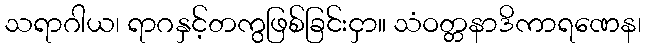
သရာဂါယ၊ ရာဂနှင့်တကွဖြစ်ခြင်းငှာ။ သံဝတ္တနာဒိကာရဏေန၊